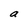
Character: a